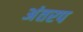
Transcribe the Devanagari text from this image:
अंतरप